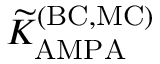
{ \widetilde K } _ { \mathrm { A M P A } } ^ { \mathrm { ( B C , M C ) } }